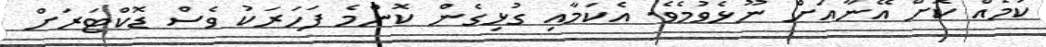
ކަމެއް ކޮށް އޭނާއަށް ނޫޅެވުމެވެ. އެކަމާއި ގުޅިގެން ކޮންމެ ފަހަރަކު ވެސް ޑޮކްޓަރަށް